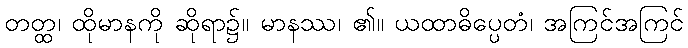
တတ္ထ၊ ထိုမာနကို ဆိုရာ၌။ မာနဿ၊ ၏။ ယထာဓိပ္ပေတံ၊ အကြင်အကြင်